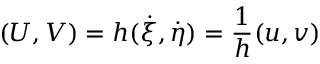
( U , V ) = h ( \dot { \xi } , \dot { \eta } ) = \frac { 1 } { h } ( u , v )